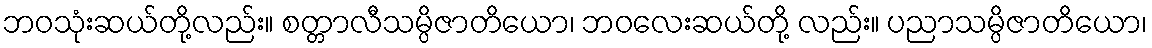
ဘဝသုံးဆယ်တို့လည်း။ စတ္တာလီသမ္ပိဇာတိယော၊ ဘဝလေးဆယ်တို့ လည်း။ ပညာသမ္ပိဇာတိယော၊